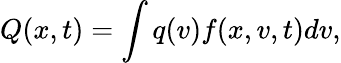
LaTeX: Q(x,t)=\int q(v)f(x,v,t)dv,